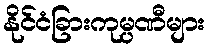
နိုင်ငံခြားကုမ္ပဏီများ